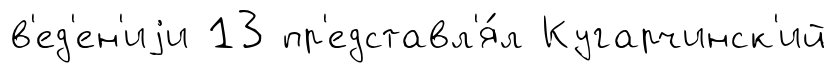
в'ед'ен'иjи 13 пр'едставл'я́л Кугарчинск'ий